Problem: 51 + 58 = ?
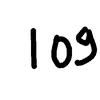
Handwritten answer: 109